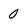
Character: 0